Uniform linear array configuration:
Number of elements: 4
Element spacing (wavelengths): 0.5
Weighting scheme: uniform
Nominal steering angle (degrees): -60
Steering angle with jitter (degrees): -59.715
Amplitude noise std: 0.05
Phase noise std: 0.05

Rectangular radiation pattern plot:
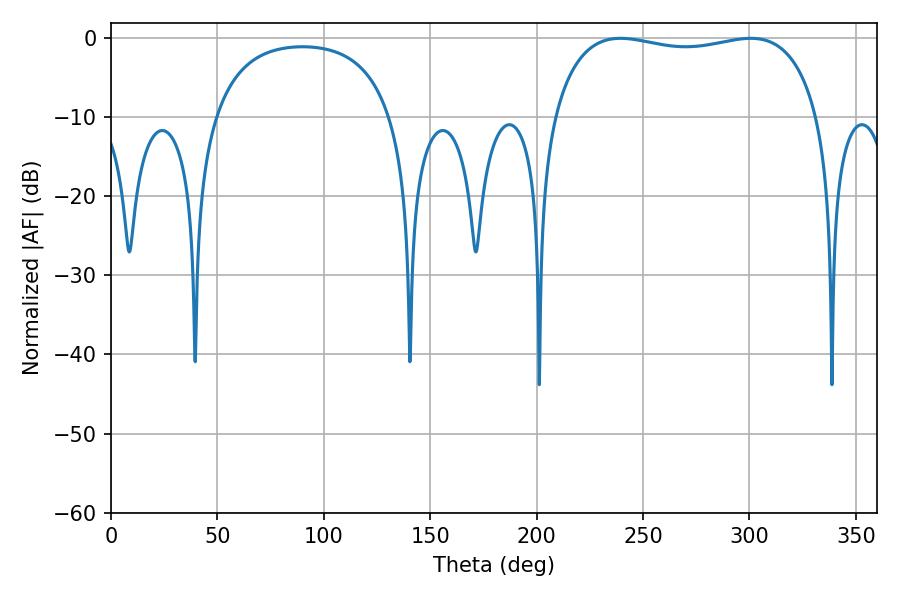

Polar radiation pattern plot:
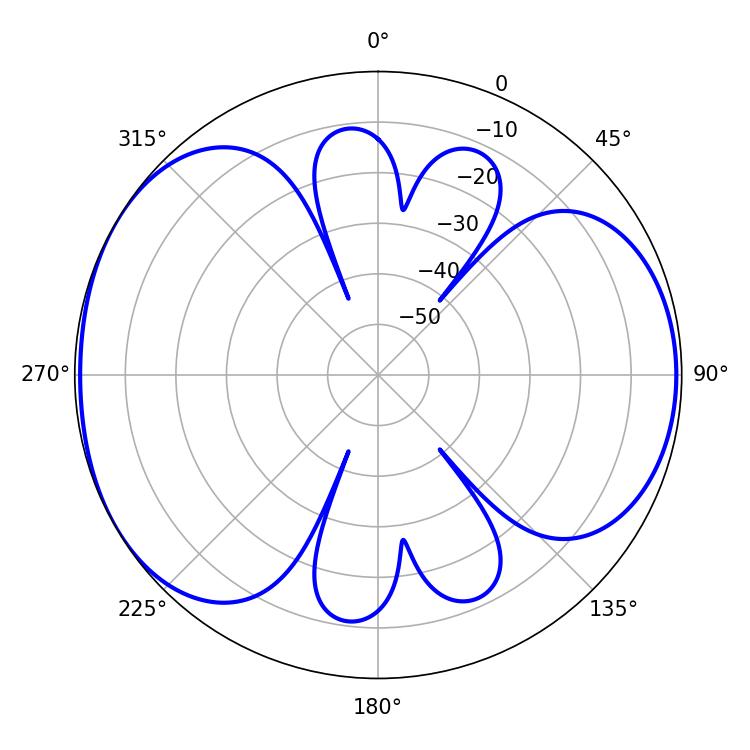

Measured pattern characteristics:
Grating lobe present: FALSE
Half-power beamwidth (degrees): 101.16
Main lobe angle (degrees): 239.4